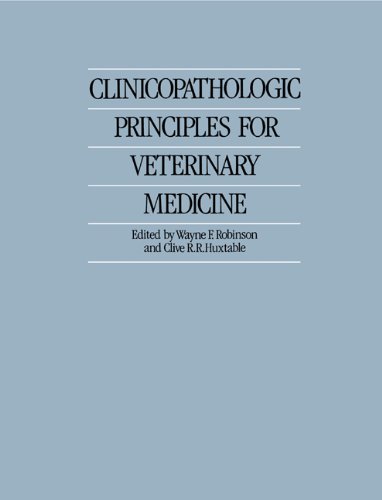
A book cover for Clinicopathologic Principles for Veterinary Medicine; Medical Books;